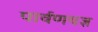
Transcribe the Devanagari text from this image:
पार्वणयज्ञ